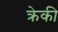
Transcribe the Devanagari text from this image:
क्रेकी